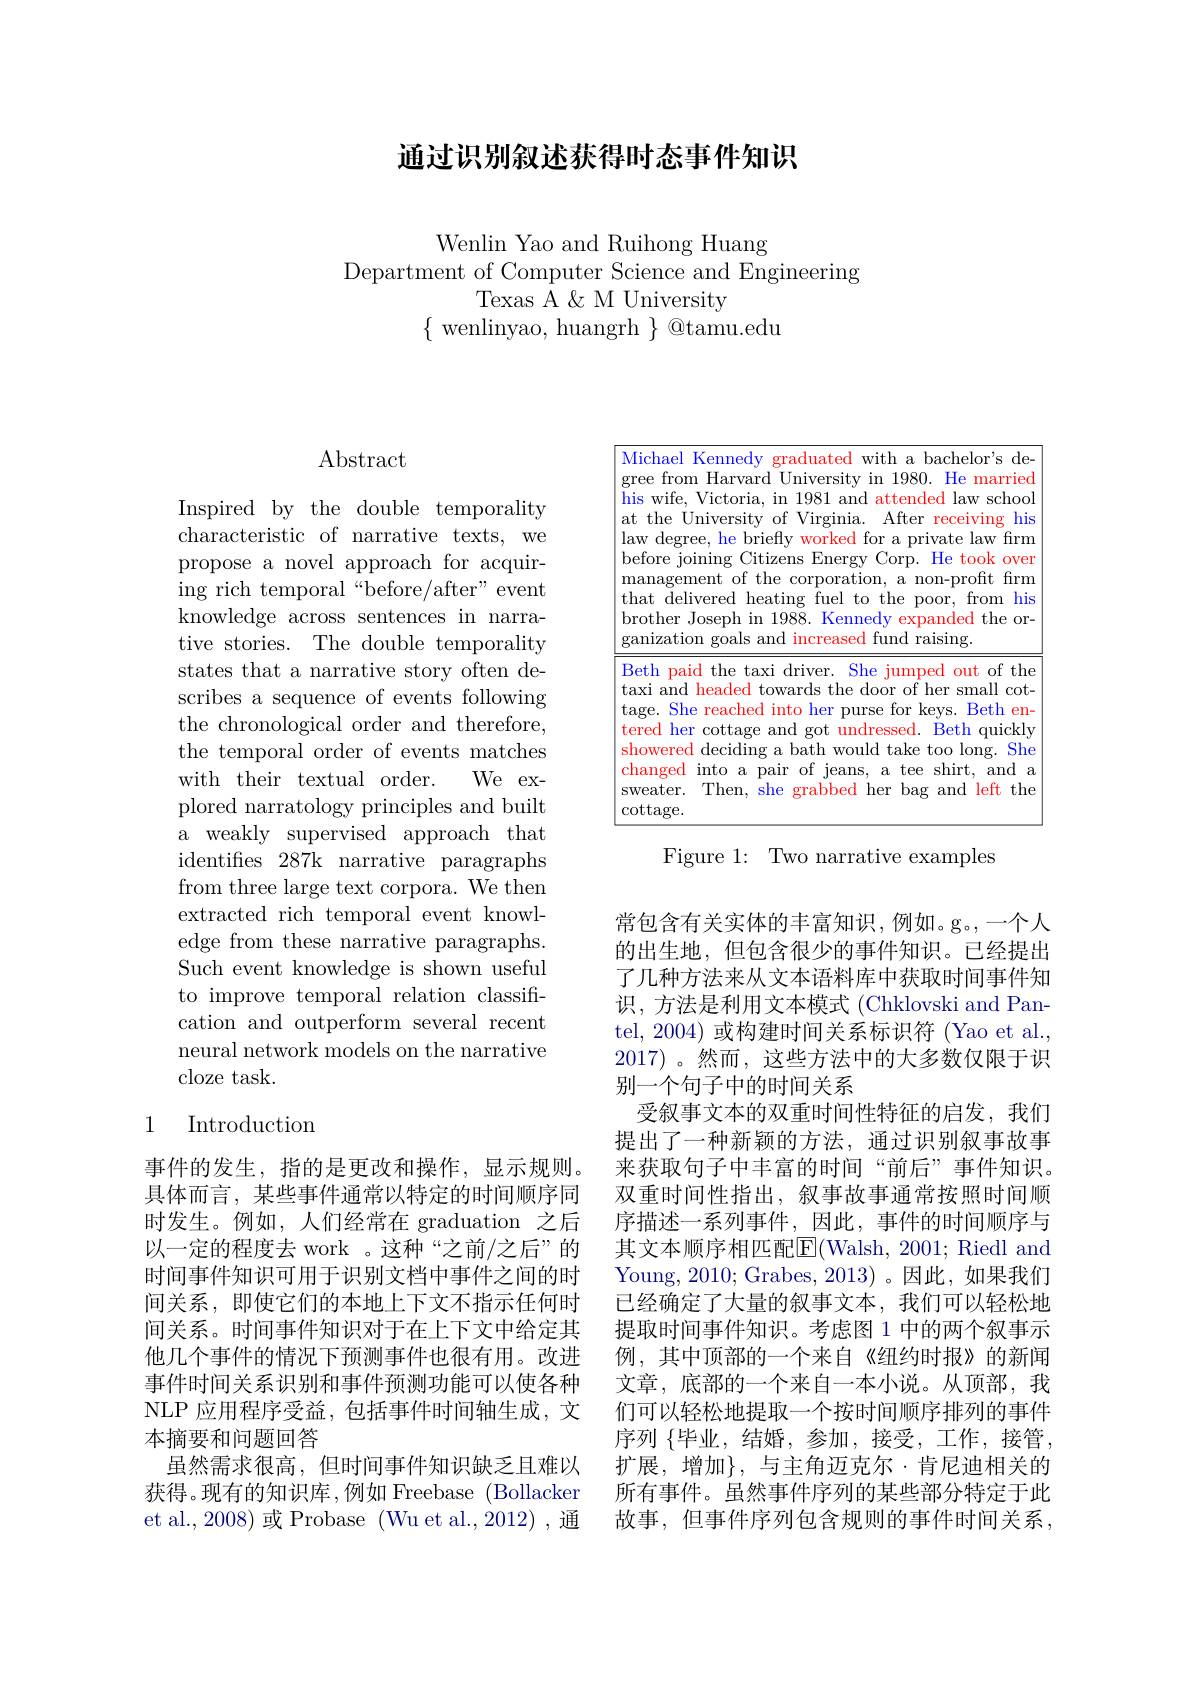
## 通过识别叙述获得时态事件知识

Wenlin Yao and Ruihong Huang
Department of Computer Science and Engineering
Texas A & M University
$\{{\mathrm{~wenlinyao,~huangrh~}}\}{\textcircled {@}}$tamu.edu

# Abstract

Inspired by the double temporality characteristic of narrative texts, we propose a novel approach for acquiring rich temporal“before/after”event knowledge across sentences in narrative stories. The double temporality states that a narrative story often describes a sequence of events following the chronological order and therefore, the temporal order of events matches
We ex-
with their textual order.
plored narratology principles and built a weakly supervised approach that identifies 287k narrative paragraphs from three large text corpora. We then extracted rich temporal event knowledge from these narrative paragraphs. Such event knowledge is shown useful to improve temporal relation classification and outperform several recent neural network models on the narrative cloze task.

# 1 Introduction

事件的发生，指的是更改和操作，显示规则具体而言，某些事件通常以特定的时间顺序同时发生。例如，人们经常在 graduation 之后以一定的程度去 work 。这种“之前/之后”的时间事件知识可用于识别文档中事件之间的时间关系，即使它们的本地上下文不指示任何时间关系。时间事件知识对于在上下文中给定其他几个事件的情况下预测事件也很有用。改进事件时间关系识别和事件预测功能可以使各种NLP 应用程序受益，包括事件时间轴生成，文本摘要和问题回答
虽然需求很高，但时间事件知识缺乏且难以获得。现有的知识库，例如 Freebase (Bollacker et al., 2008) 或 Probase (Wu et al., 2012) , 通

<FigureHere>

Figure 1: Two narrative examples

常包含有关实体的丰富知识，例如。g。一个人的出生地，但包含很少的事件知识。已经提出了几种方法来从文本语料库中获取时间事件知识，方法是利用文本模式 (Chklovski and Pantel, 2004) 或构建时间关系标识符 (Yao et al., 2017)。然而，这些方法中的大多数仅限于识别一个句子中的时间关系
受叙事文本的双重时间性特征的启发，我们提出了一种新颖的方法，通过识别叙事故事来获取句子中丰富的时间“前后”事件知识。双重时间性指出，叙事故事通常按照时间顺序描述一系列事件，因此，事件的时间顺序与其文本顺序相匹配E(Walsh, 2001; Riedl and Young, 2010; Grabes, 2013)。因此，如果我们已经确定了大量的叙事文本，我们可以轻松地提取时间事件知识。考虑图 1 中的两个叙事示例，其中顶部的一个来自《纽约时报》的新闻文章，底部的一个来自一本小说。从顶部，我们可以轻松地提取一个按时间顺序排列的事件序列 $\{$毕业，结婚，参加，接受，工作，接管， 扩展，增加$\}$, 与主角迈克尔·肯尼迪相关的所有事件。虽然事件序列的某些部分特定于此故事，但事件序列包含规则的事件时间关系，